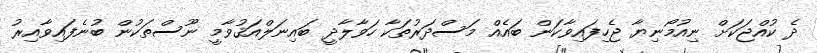
ދެ ކުއްޖަކަށް ނިއުމޯޯނިޔާ ޖެހިފައިވާކަން ބައެއް މަސްދަރުތަކާ ހަވާލާދީ ބައިނަލްއަޤުވާމީ ނޫސްތަކުން ބުނެފައިވާއިރު